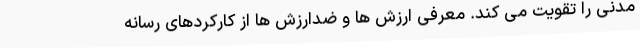
مدنی را تقویت می کند. معرفی ارزش ها و ضدارزش ها از کارکردهای رسانه